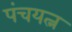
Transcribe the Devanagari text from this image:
पंचयत्न